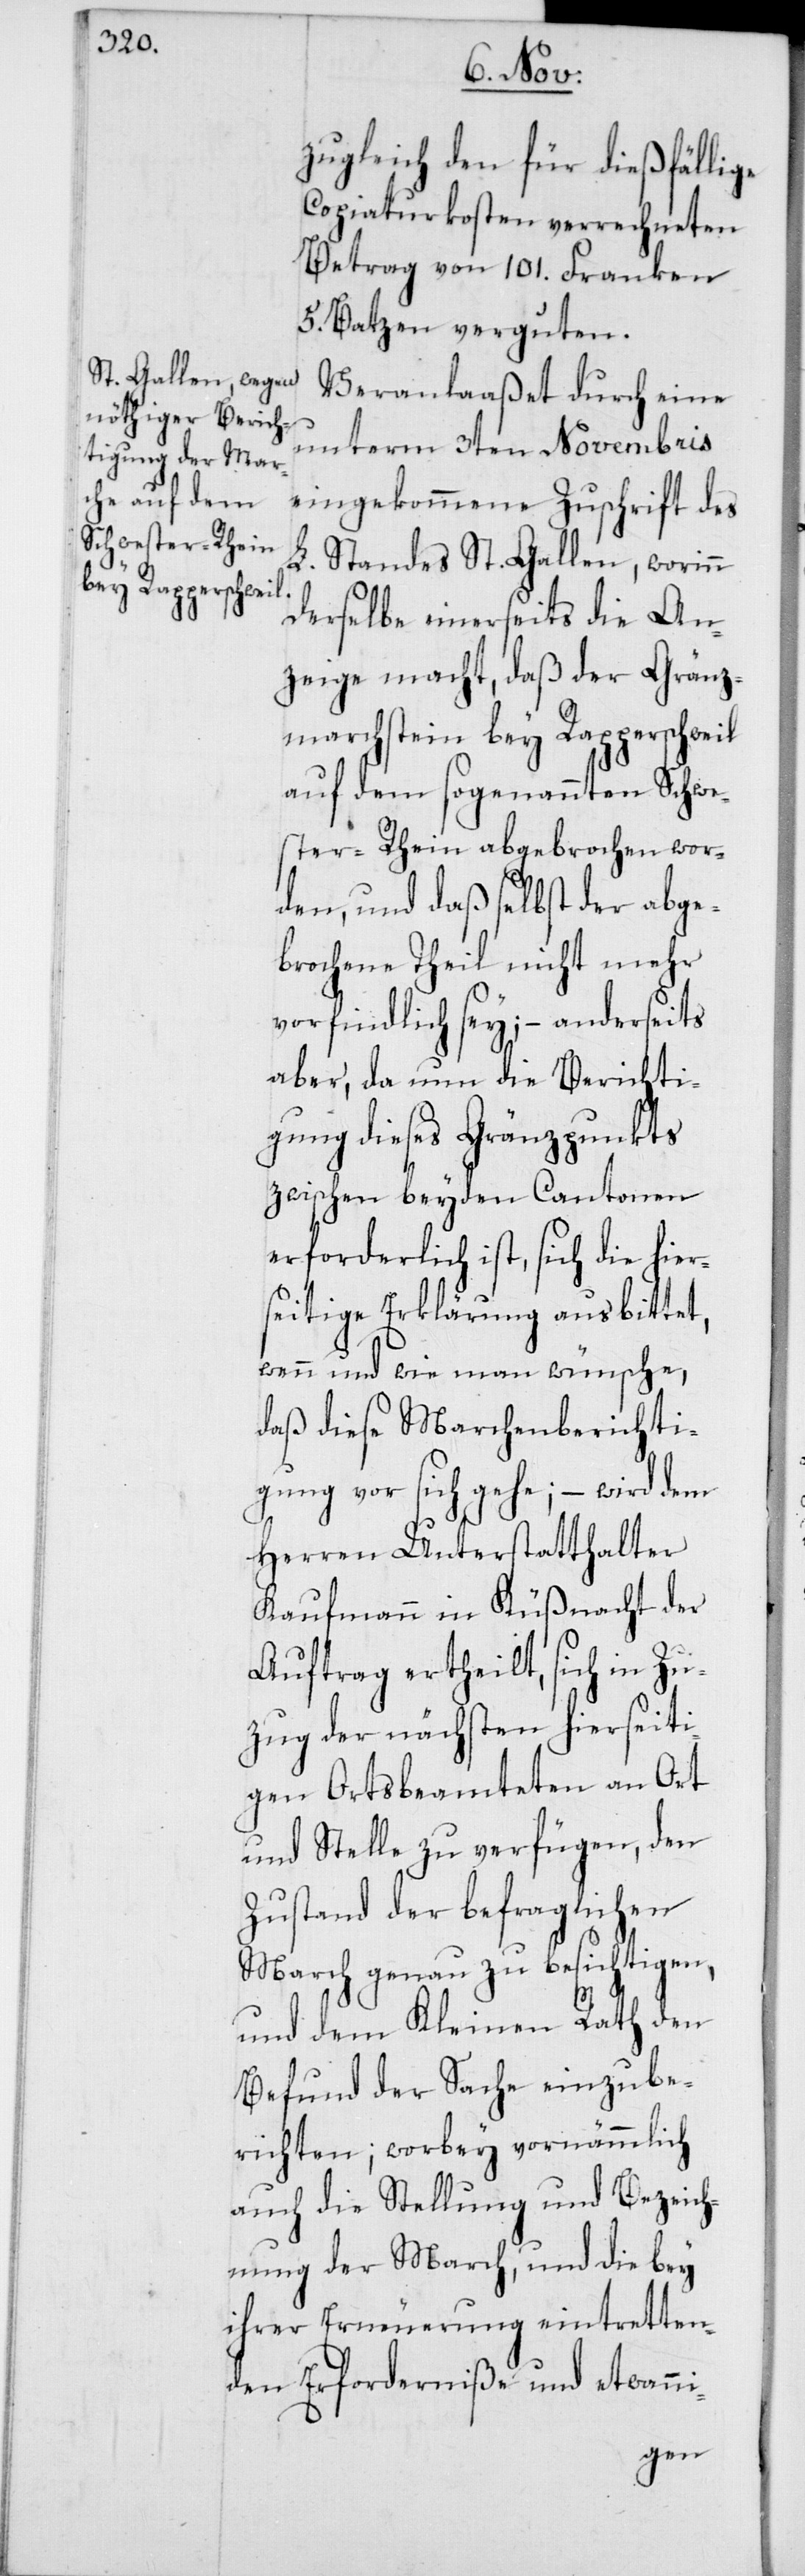
zugleich den für dießfällige
Copiaturkosten verrechneten
Betrag von 101. Franken
5. Batzen verguten.
Veranlaßet durch eine
unterm 3ten Novembris
eingekommene Zuschrift des
L. Standes St. Gallen, worinn
derselbe einerseits die An¬
zeige macht, daß der Gränz¬
marchstein bey Rapperschweil
auf dem sogenannten Schwe¬
ster-Rhein abgebrochen wor¬
den, und daß selbst der abge¬
brochene Theil nicht mehr
vorfindlich sey; – anderseits
aber, da nun die Berichti¬
gung dieses Gränzpunkts
zwischen beyden Cantonen
erforderlich ist, sich die hier¬
seitige Erklärung ausbittet,
wenn und wie man wünsche,
daß diese Marchenberichti¬
gung vor sich gehe; – wird dem
Herren Unterstatthalter
Kaufmann in Küßnacht der
Auftrag ertheilt, sich in Zu¬
zug der nächsten hierseiti¬
gen Ortsbeamteten an Ort
und Stelle zu verfügen, den
Zustand der befraglichen
March genau zu besichtigen,
und dem Kleinen Rath den
Befund der Sache einzube¬
richten; worbey vornämmlich
auch die Stellung und Bezeich¬
nung der March, und die bey
ihrer Erneuerung eintretten¬
den Erforderniße und etwanni-